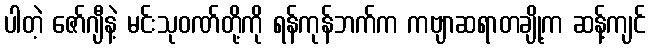
ပါတဲ့ ဇော်ဂျီနဲ့ မင်းသုဝဏ်တို့ကို ရန်ကုန်ဘက်က ကဗျာဆရာတချို့က ဆန့်ကျင်